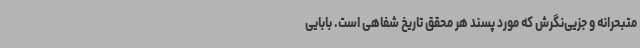
متبحرانه و جزیی‌نگرش که مورد پسند هر محقق تاریخ شفاهی است. بابایی